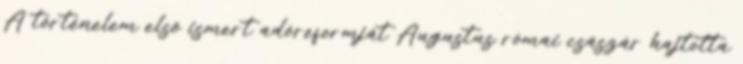
A történelem első ismert adóreformját Augustus római császár hajtotta